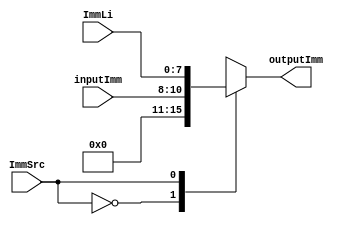
`timescale 1ns / 1ps

module extend(
	 input [2:0] inputImm,
	 input [7:0] ImmLi,
	 input ImmSrc,
	 output reg [7:0] outputImm
	 );


    always @(ImmSrc, ImmLi, inputImm)
    case(ImmSrc)
        1'b0: outputImm = {5'b0 , inputImm};

        1'b1: outputImm = ImmLi ;
        
        default: outputImm =  7'bx ;
    endcase
    

endmodule